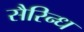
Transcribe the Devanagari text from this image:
सैरिन्ध